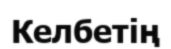
Келбетің